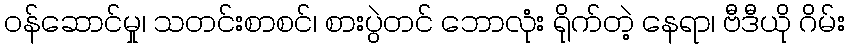
ဝန်ဆောင်မှု၊ သတင်းစာစင်၊ စားပွဲတင် ဘောလုံး ရိုက်တဲ့ နေရာ၊ ဗီဒီယို ဂိမ်း